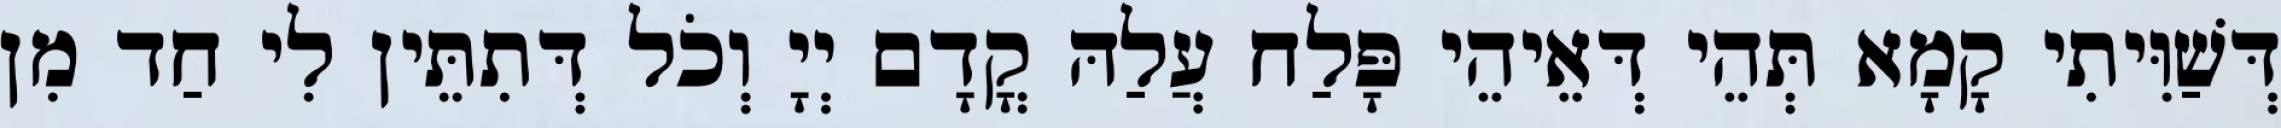
דְּשַׁוִּיתִי קָמָא תְּהֵי דְּאֵיהֵי פָּלַח עֲלַהּ קֳדָם יְיָ וְכֹל דְּתִתֵּין לִי חַד מִן